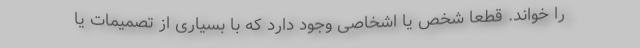
را خواند. قطعا شخص یا اشخاصی وجود دارد که با بسیاری از تصمیمات یا